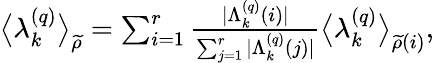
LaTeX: \begin{array}{r}{\big\langle\lambda_{k}^{\left(q\right)}\big\rangle_{\widetilde{\rho}}=\sum_{i=1}^{r}\frac{\vert\Lambda_{k}^{\left(q\right)}\left(i\right)\vert}{\sum_{j=1}^{r}\vert\Lambda_{k}^{\left(q\right)}\left(j\right)\vert}\big\langle\lambda_{k}^{\left(q\right)}\big\rangle_{\widetilde{\rho}\left(i\right)},}\end{array}